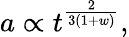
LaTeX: a\propto t^{\frac{2}{3(1+w)}},